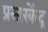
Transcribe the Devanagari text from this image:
प्रसारकेंद्र